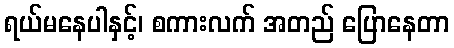
ရယ်မနေပါနှင့်၊ စကားလက် အတည် ပြောနေတာ